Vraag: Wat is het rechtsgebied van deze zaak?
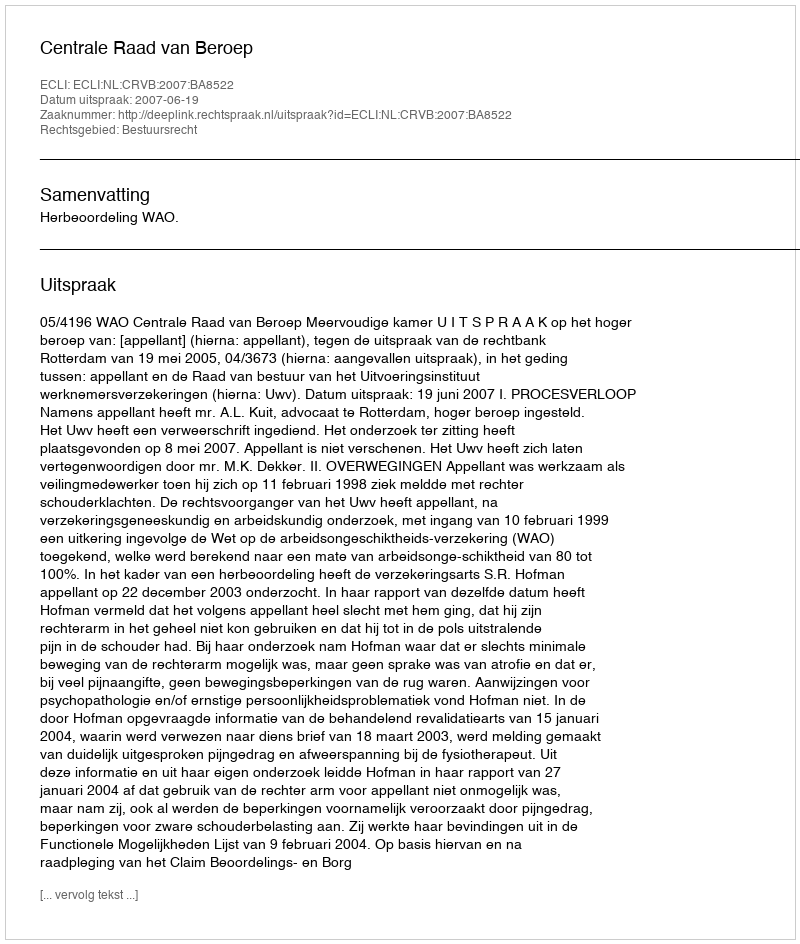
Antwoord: Bestuursrecht